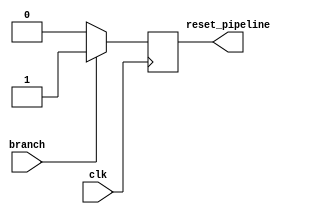
`timescale 1ps/100fs 
module branch_hazard_control_unit(clk, branch, reset_pipeline);
input branch, clk;
output reg reset_pipeline;

always@(posedge clk) begin
	if(branch) begin
		reset_pipeline <= 1;
	end
	else reset_pipeline <= 0;
end

endmodule